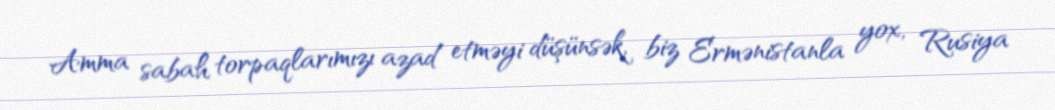
Amma sabah torpaqlarımızı azad etməyi düşünsək, biz Ermənistanla yox, Rusiya